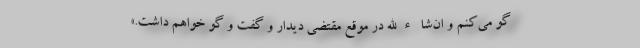
گو می‌کنم و ان‌شاء‌الله در موقع مقتضی دیدار و گفت و گو خواهم داشت.»